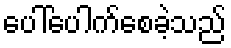
ပေါ်ပေါက်စေခဲ့သည်